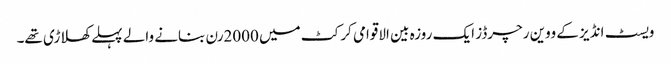
ویسٹ انڈیز کے ووین رچرڈز ایک روزہ بین الاقوامی کرکٹ میں 2000رن بنانے والے پہلے کھلاڑی تھے۔